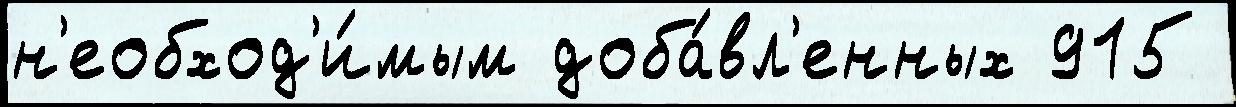
н'еобход'и́мым доба́вл'енных 915